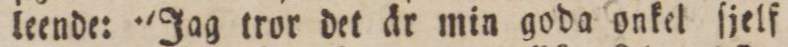
leende: 'Jag tror det är min goda onkel ſjelf